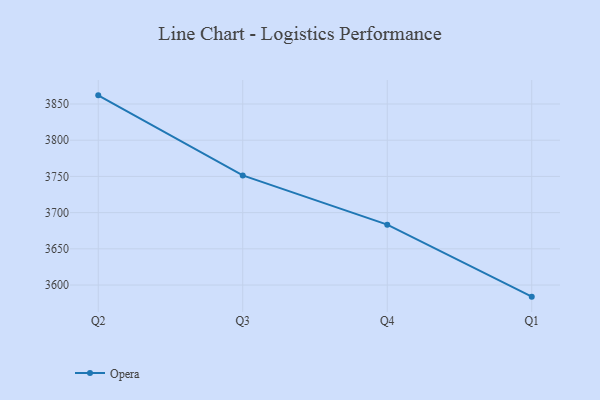
{"axis": {"x": "Quarter", "y": "Energy Usage (MWh)"}, "legend": ["Opera"], "data": [{"x": "Q2", "y": 3861.9, "type": "Opera"}, {"x": "Q3", "y": 3751.4, "type": "Opera"}, {"x": "Q4", "y": 3683.4, "type": "Opera"}, {"x": "Q1", "y": 3584.0, "type": "Opera"}]}